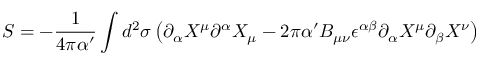
S = - \frac { 1 } { 4 \pi \alpha ^ { \prime } } \int d ^ { 2 } { \sigma } \left( \partial _ { \alpha } X ^ { \mu } \partial ^ { \alpha } X _ { \mu } - 2 \pi \alpha ^ { \prime } B _ { \mu \nu } \epsilon ^ { \alpha \beta } \partial _ { \alpha } X ^ { \mu } \partial _ { \beta } X ^ { \nu } \right)